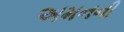
અમનની